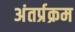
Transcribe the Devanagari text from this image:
अंतर्प्रक्रम